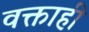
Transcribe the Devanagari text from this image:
वक्ताही